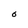
Character: O